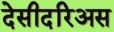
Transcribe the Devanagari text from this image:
देसीदरिअस